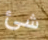
شئ